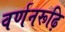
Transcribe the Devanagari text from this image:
वर्णनरूढ़ि